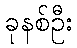
ခုနစ်ဦး